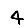
Digit: 4